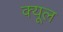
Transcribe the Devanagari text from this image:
क्यूल